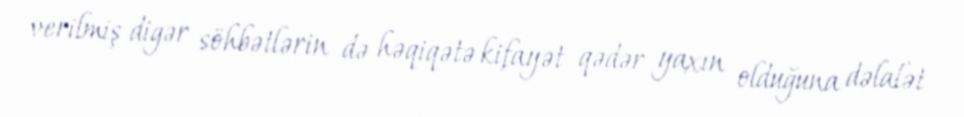
verilmiş digər söhbətlərin də həqiqətə kifayət qədər yaxın olduğuna dəlalət